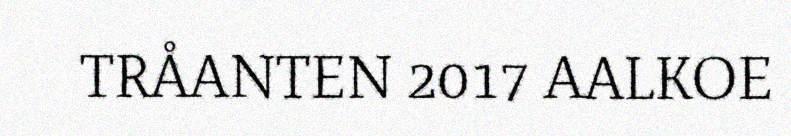
TRÅANTEN 2017 AALKOE